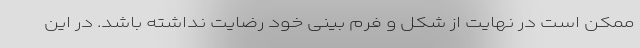
ممکن است در نهایت از شکل و فرم بینی خود رضایت نداشته باشد. در این